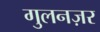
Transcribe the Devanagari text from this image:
गुलनज़र